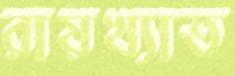
রায়খ্যাত